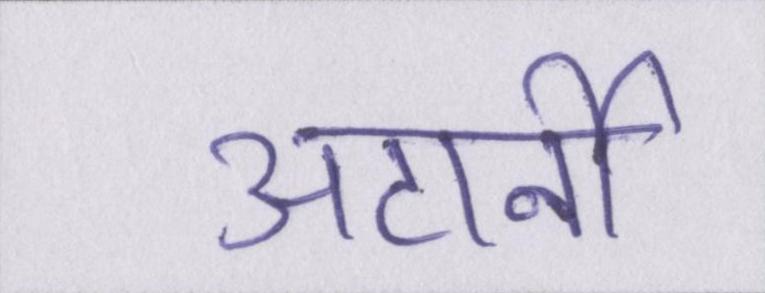
अटार्नी